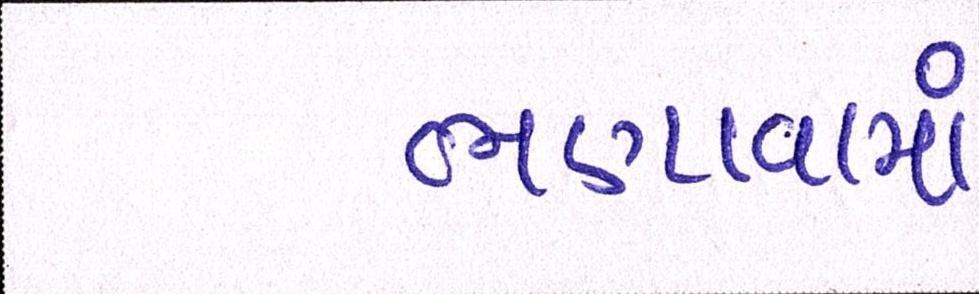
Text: ભણાવામાં